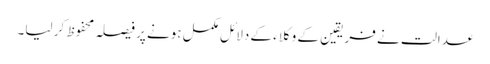
عدالت نے فریقین کے وکلاء کے دلائل مکمل ہونے پر فیصلہ محفوظ کر لیا۔